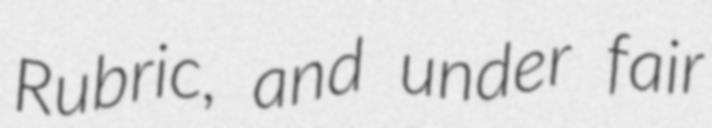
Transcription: Rubric, and under fair